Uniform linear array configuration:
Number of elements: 4
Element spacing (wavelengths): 0.5
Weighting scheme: uniform
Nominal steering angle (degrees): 15
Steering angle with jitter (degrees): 15.229
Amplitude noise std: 0.05
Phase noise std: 0.05

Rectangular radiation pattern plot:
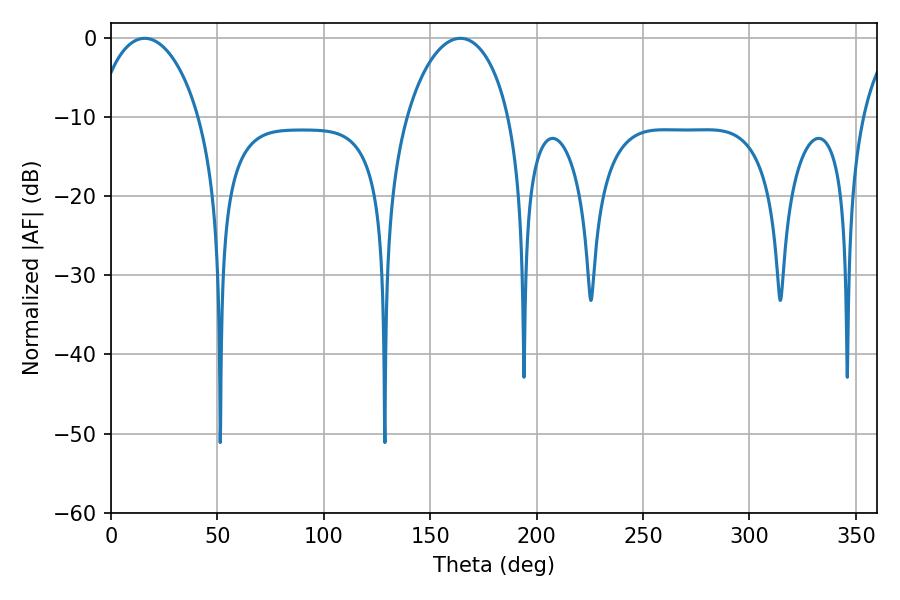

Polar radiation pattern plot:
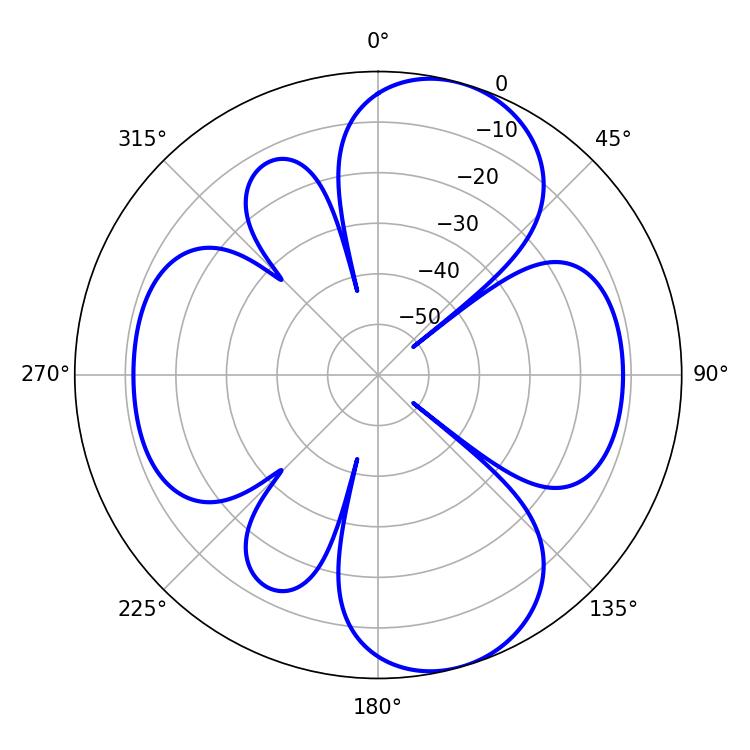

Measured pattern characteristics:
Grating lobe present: FALSE
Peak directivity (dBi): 8.908
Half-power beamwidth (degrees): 27.72
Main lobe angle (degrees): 15.84